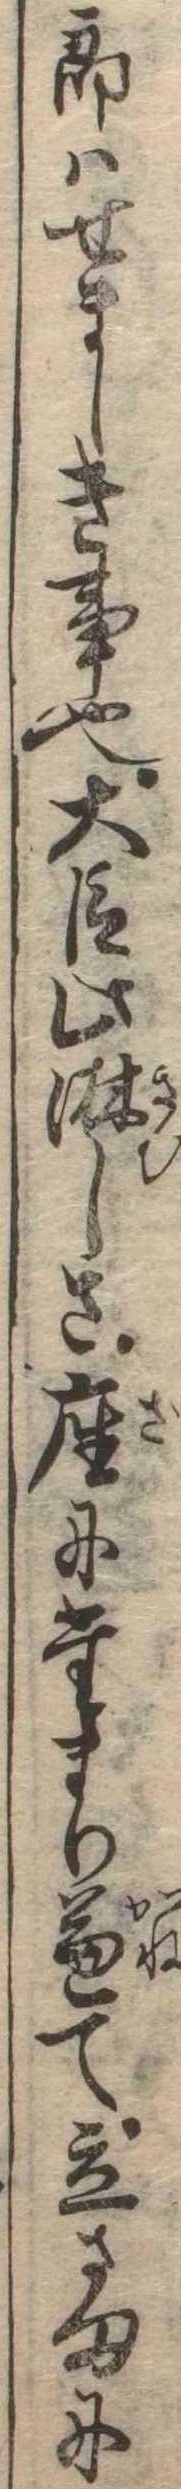
郎はせましき事也大臣此淋しさ座にたまり兼て立さまに